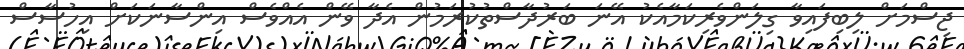
ޖިސްމަށް ލިބިފައިވާ ގިލަންވެރިކަމާއެކު އޭނަ ބަރުދާސްތުކުރަމުން އެދާ ވޭން އެއްވެސް އިންސާނަކަށް އިހުސާސް